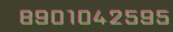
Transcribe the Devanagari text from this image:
८९०१०४२५९५